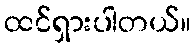
ထင်ရှားပါတယ်။